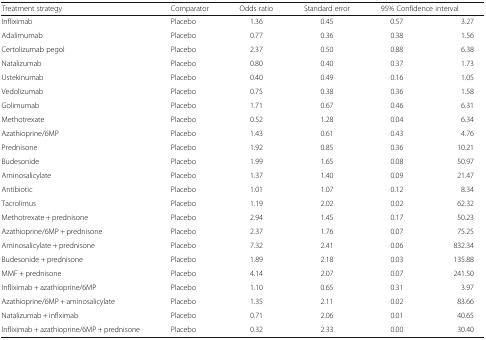
<table><thead><tr><td><b>Treatment strategy</b></td><td><b>Comparator</b></td><td><b>Odds ratio</b></td><td><b>Standard error</b></td><td colspan="2"><b>95% Confidence interval</b></td></tr></thead><tbody><tr><td>Infliximab</td><td>Placebo</td><td>1.36</td><td>0.45</td><td>0.57</td><td>3.27</td></tr><tr><td>Adalimumab</td><td>Placebo</td><td>0.77</td><td>0.36</td><td>0.38</td><td>1.56</td></tr><tr><td>Certolizumab pegol</td><td>Placebo</td><td>2.37</td><td>0.50</td><td>0.88</td><td>6.38</td></tr><tr><td>Natalizumab</td><td>Placebo</td><td>0.80</td><td>0.40</td><td>0.37</td><td>1.73</td></tr><tr><td>Ustekinumab</td><td>Placebo</td><td>0.40</td><td>0.49</td><td>0.16</td><td>1.05</td></tr><tr><td>Vedolizumab</td><td>Placebo</td><td>0.75</td><td>0.38</td><td>0.36</td><td>1.58</td></tr><tr><td>Golimumab</td><td>Placebo</td><td>1.71</td><td>0.67</td><td>0.46</td><td>6.31</td></tr><tr><td>Methotrexate</td><td>Placebo</td><td>0.52</td><td>1.28</td><td>0.04</td><td>6.34</td></tr><tr><td>Azathioprine/6MP</td><td>Placebo</td><td>1.43</td><td>0.61</td><td>0.43</td><td>4.76</td></tr><tr><td>Prednisone</td><td>Placebo</td><td>1.92</td><td>0.85</td><td>0.36</td><td>10.21</td></tr><tr><td>Budesonide</td><td>Placebo</td><td>1.99</td><td>1.65</td><td>0.08</td><td>50.97</td></tr><tr><td>Aminosalicylate</td><td>Placebo</td><td>1.37</td><td>1.40</td><td>0.09</td><td>21.47</td></tr><tr><td>Antibiotic</td><td>Placebo</td><td>1.01</td><td>1.07</td><td>0.12</td><td>8.34</td></tr><tr><td>Tacrolimus</td><td>Placebo</td><td>1.19</td><td>2.02</td><td>0.02</td><td>62.32</td></tr><tr><td>Methotrexate + prednisone</td><td>Placebo</td><td>2.94</td><td>1.45</td><td>0.17</td><td>50.23</td></tr><tr><td>Azathioprine/6MP + prednisone</td><td>Placebo</td><td>2.37</td><td>1.76</td><td>0.07</td><td>75.25</td></tr><tr><td>Aminosalicylate + prednisone</td><td>Placebo</td><td>7.32</td><td>2.41</td><td>0.06</td><td>832.34</td></tr><tr><td>Budesonide + prednisone</td><td>Placebo</td><td>1.89</td><td>2.18</td><td>0.03</td><td>135.88</td></tr><tr><td>MMF + prednisone</td><td>Placebo</td><td>4.14</td><td>2.07</td><td>0.07</td><td>241.50</td></tr><tr><td>Infliximab + azathioprine/6MP</td><td>Placebo</td><td>1.10</td><td>0.65</td><td>0.31</td><td>3.97</td></tr><tr><td>Azathioprine/6MP + aminosalicylate</td><td>Placebo</td><td>1.35</td><td>2.11</td><td>0.02</td><td>83.66</td></tr><tr><td>Natalizumab + inflximab</td><td>Placebo</td><td>0.71</td><td>2.06</td><td>0.01</td><td>40.65</td></tr><tr><td>Infliximab + azathioprine/6MP + prednisone</td><td>Placebo</td><td>0.32</td><td>2.33</td><td>0.00</td><td>30.40</td></tr></tbody></table>